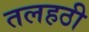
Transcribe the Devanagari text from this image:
तलहठी